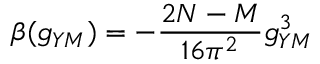
\beta ( g _ { Y M } ) = - \frac { 2 N - M } { 1 6 \pi ^ { 2 } } g _ { Y M } ^ { 3 }